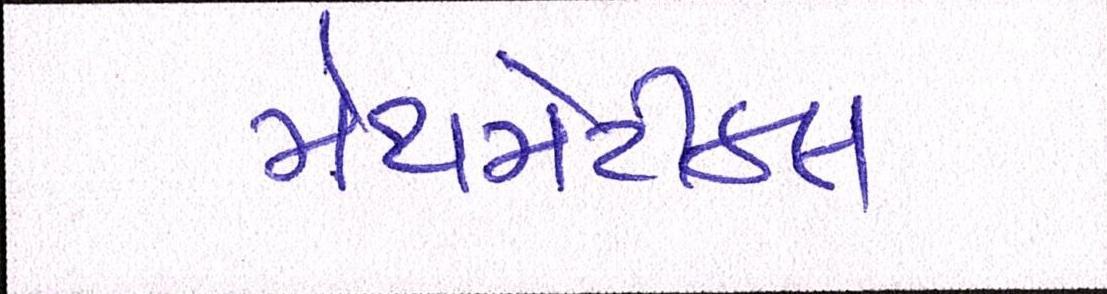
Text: મેથમેટીકલ